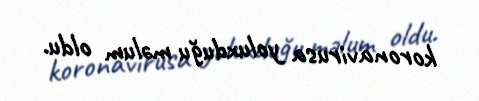
koronavirusa yoluxduğu məlum oldu.